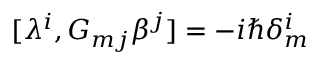
[ \lambda ^ { i } , G _ { m j } \beta ^ { j } ] = - i \hbar \delta _ { m } ^ { i }